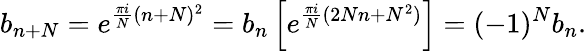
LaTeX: b_{n+N}=e^{{\frac{\pi i}{N}}(n+N)^{2}}=b_{n}\left[e^{{\frac{\pi i}{N}}(2Nn+N^{2})}\right]=(-1)^{N}b_{n}.